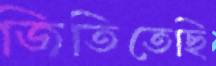
জিতিতেছি